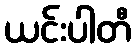
ယင်းပါတီ